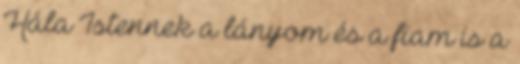
Hála Istennek a lányom és a fiam is a